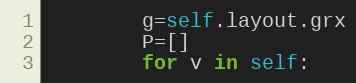
Language: Python
        g=self.layout.grx
        P=[]
        for v in self: